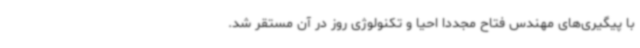
با پیگیری‌های مهندس فتاح مجدداً احیا و تکنولوژی روز در آن مستقر شد.